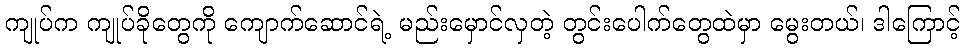
ကျုပ်က ကျုပ်ခိုတွေကို ကျောက်ဆောင်ရဲ့ မည်းမှောင်လှတဲ့ တွင်းပေါက်တွေထဲမှာ မွေးတယ်၊ ဒါကြောင့်